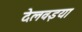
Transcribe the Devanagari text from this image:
देलवइया